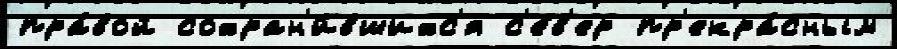
пра́вой сохран'и́вшихс'я с'е́в'ер пр'екра́сным